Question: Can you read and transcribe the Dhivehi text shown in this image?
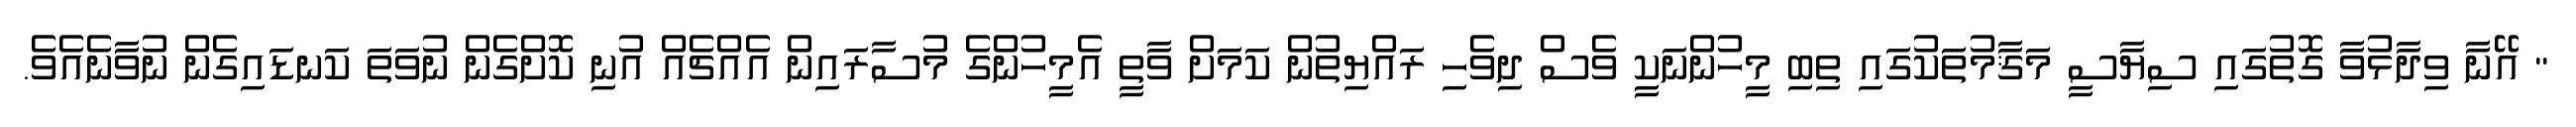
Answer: " އޭނާ ވިދާޅުވާ ގޮތުގައި ސިޔާސީ މަޤާމުތަކުގައި ތިބި މީހުންނަކީ ވެސް ދިވެހި ރައްޔިތުން ކަމަށް ވާތީ އެމީހުންގެ މުސާރައިން އެއްޗެއް އުނި ކޮށްގެން ނުވަތަ ކަނޑައިގެން ނުވާނެއެވެ.